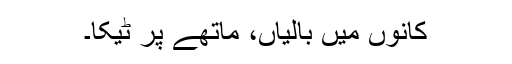
کانوں میں بالیاں، ماتھے پر ٹیکا۔